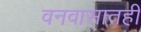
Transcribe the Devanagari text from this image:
वनवासातही